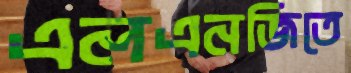
এলএনজিতে